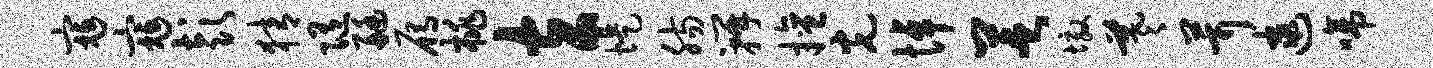
寇寇彭猜随艇雁桃玄堤肠瓣擅光悼芝墩羲茸逮啼